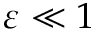
\varepsilon \ll 1